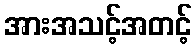
အားအသင့်အတင့်